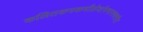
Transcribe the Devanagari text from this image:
कलितकनकमौलेर्वामभागस्थसीता